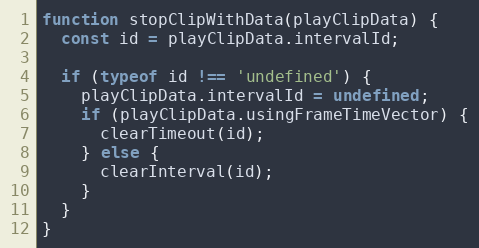
Language: JavaScript
function stopClipWithData(playClipData) {
  const id = playClipData.intervalId;

  if (typeof id !== 'undefined') {
    playClipData.intervalId = undefined;
    if (playClipData.usingFrameTimeVector) {
      clearTimeout(id);
    } else {
      clearInterval(id);
    }
  }
}